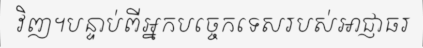
វិញ។បន្ទាប់ពីអ្នកបច្ចេកទេសរបស់អាជ្ញាធរ